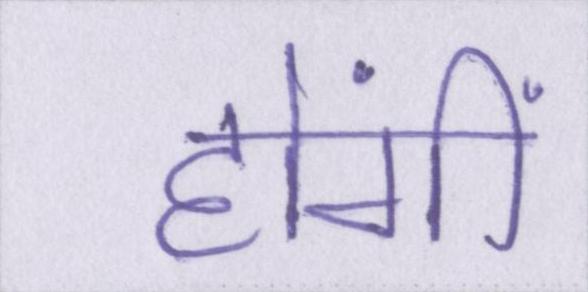
होंगीं